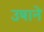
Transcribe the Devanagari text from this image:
उषाने